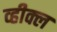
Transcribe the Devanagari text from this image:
व्हीक्ल